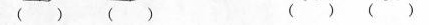
（）（）（）（）